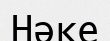
Нәке